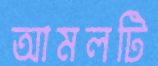
আমলটি